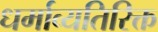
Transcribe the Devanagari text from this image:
धर्माव्यतिरिक्त